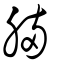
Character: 脼